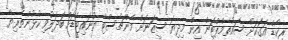
ރިކޯޑް އަގަކަށް ސައުތެމްޕްޓަން އިން މިދިޔަ ސީޒަނަށް މެންޗެސްޓާ ޔުނައިޓެޑަށް ބަދަލުވި ކުޅުންތެރިޔާ